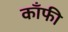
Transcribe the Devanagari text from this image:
काँफी